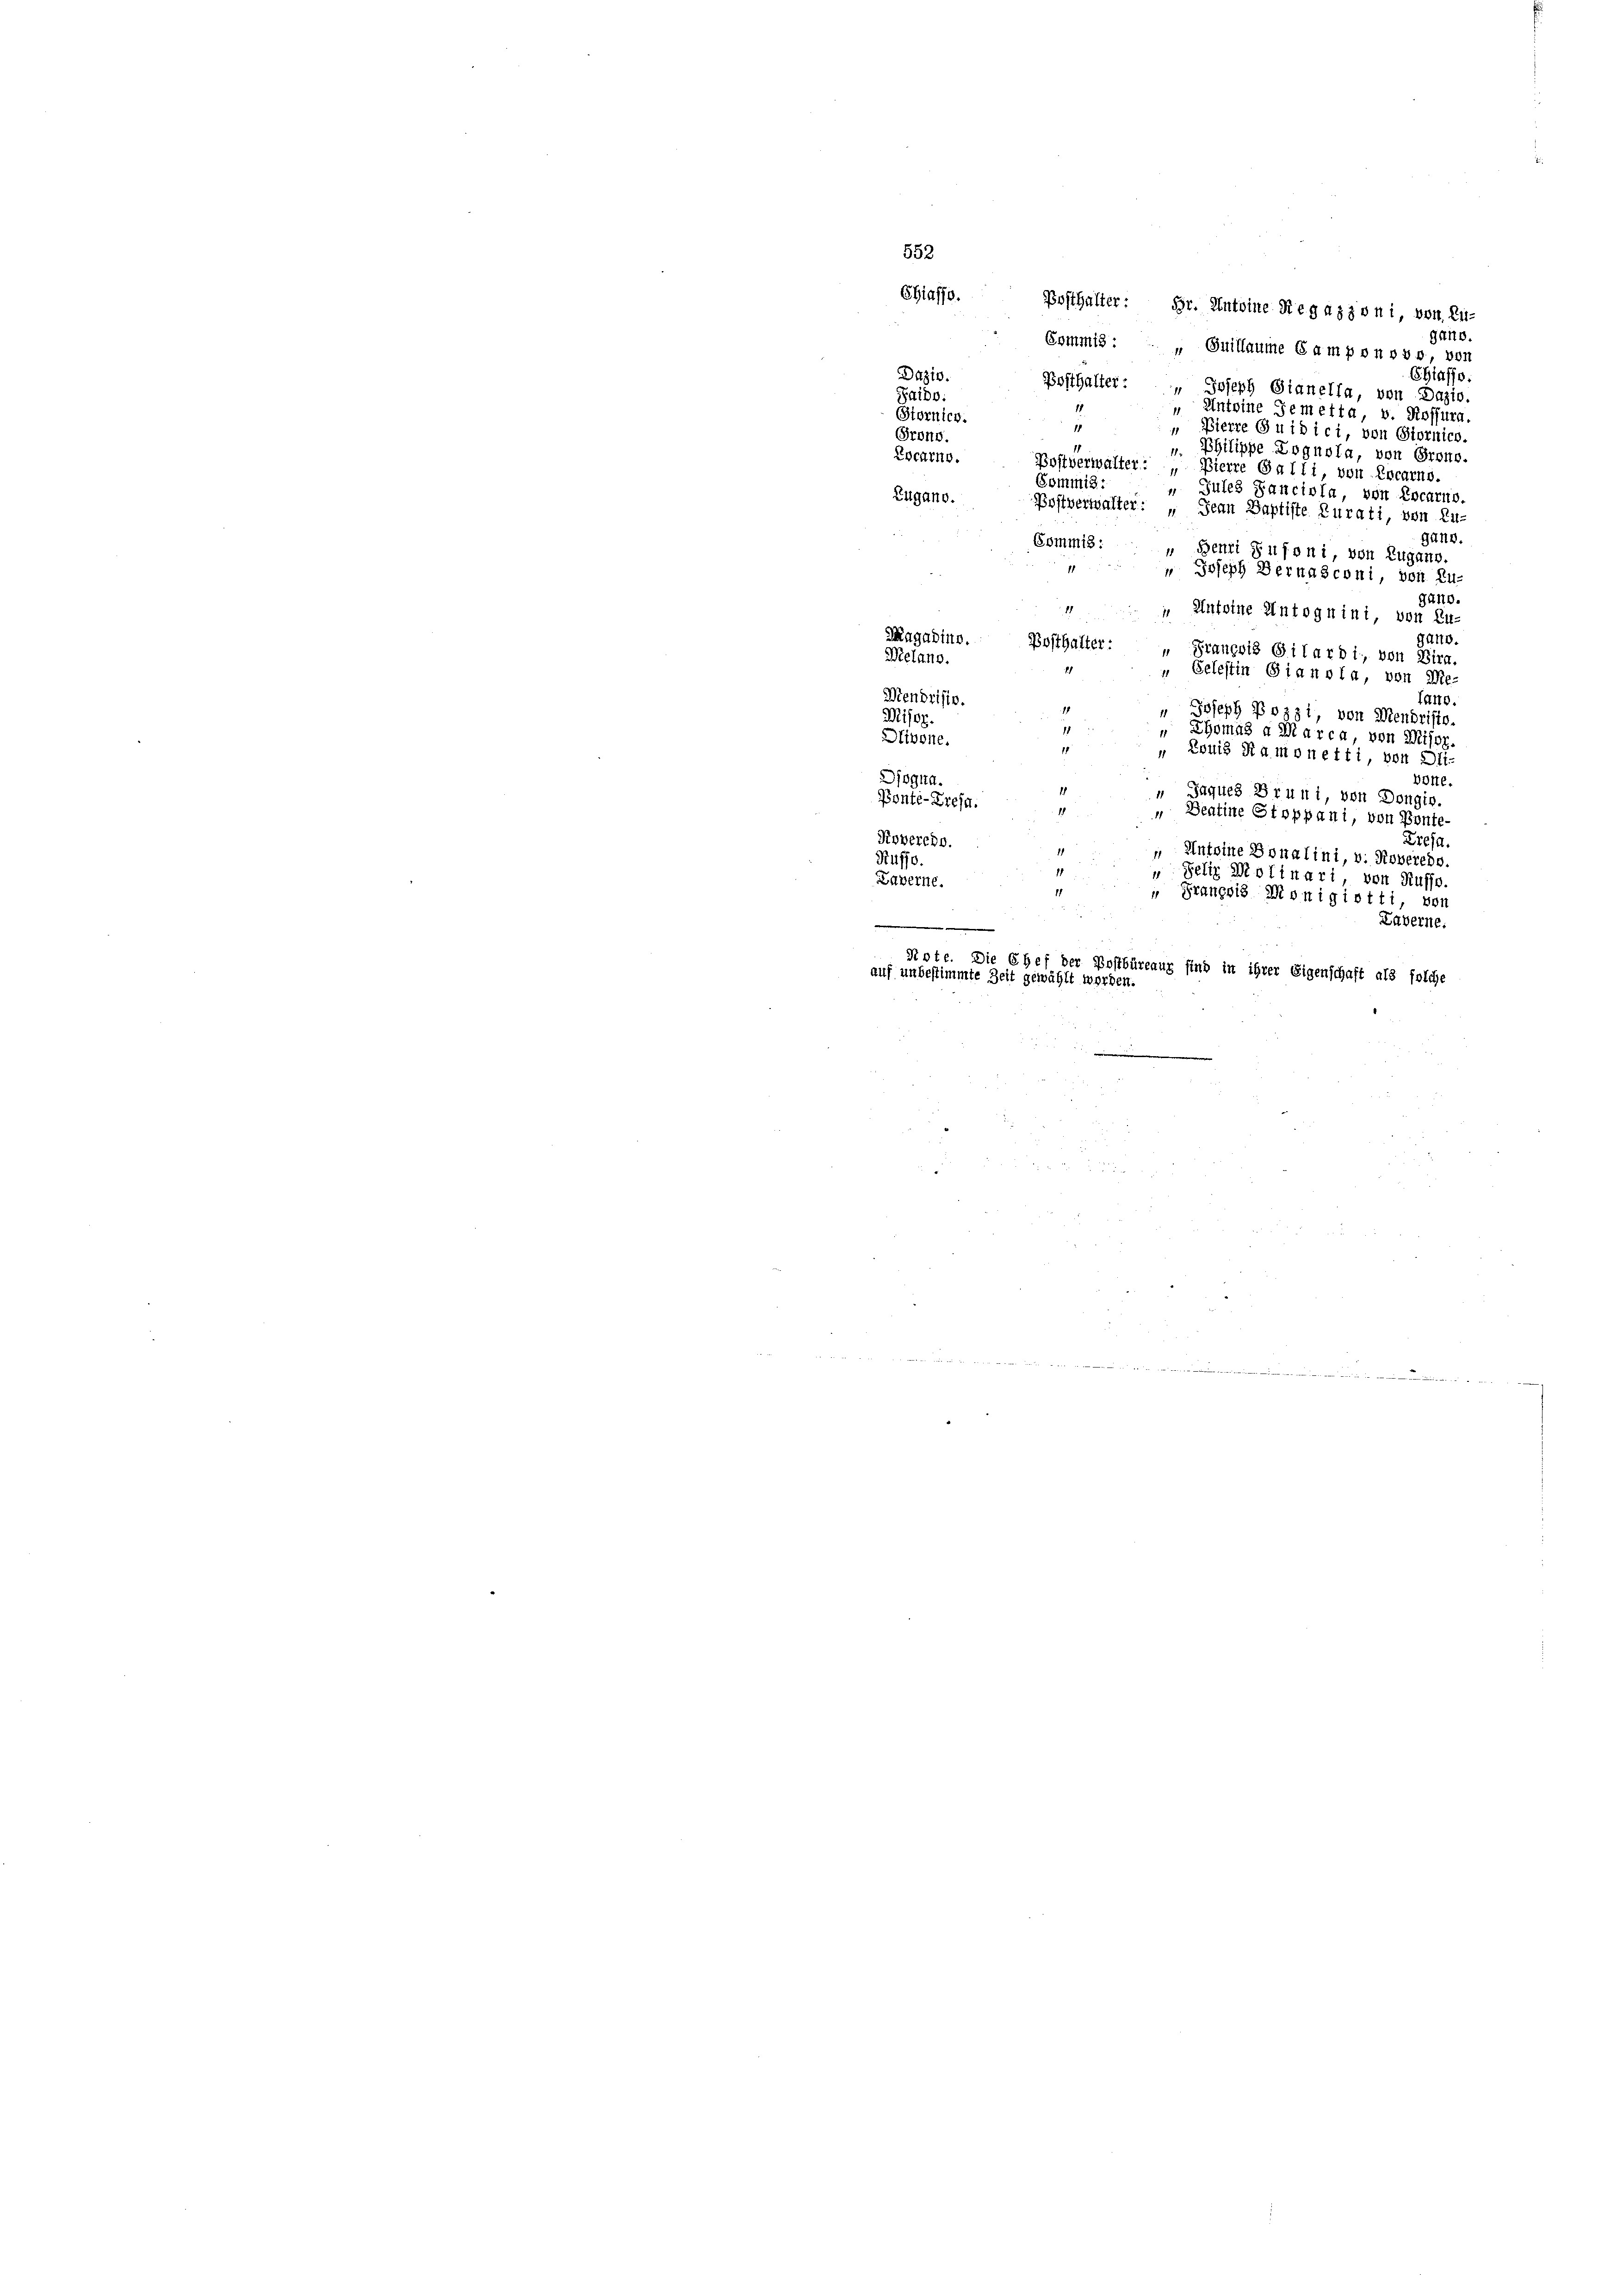
Daziv.
Paibo:
Stornier.
i
Frono
Locarno.
Commis:
Zugano.
Gang.
Commis: „Benri Sufoni, von Zugano.
 Joseph Bernasconi, von Zu-
gano.
 Antoine Antoguini, von Zu-
Zagadino.
gano.
Posthalter:
u François Gilardi, von Bira
Melano.
„ Celestin Gianola, von Re-
¬
.
Stendriste.
fano.
" Joseph Pozzi, von Mendristo.
Misog.
1
11
Thomas a Marca von Misoz.
Olivone.
1
 Louis Ramonetti, von Di-
Diogna.
Bolte.
 Jaques Brunt, von Dongir.
Ponte-Creja.
„ Beatine Stoppani, von Ponte-
Roverehe.
Preja.
 Anteine Sonalini, v. Roverede.
Rüffe.
Felix Molinari, von Russe.
Laverne.
 Gränz(...) Monigiotti, vor
e
Luberne.
Rote. Die Chef der Postbüreaux sind in ihrer Eigenschaft als solche
auf unbestimmte Zeit gewählt werden.

552

Chiasso. Posthalter: Hr. Antoine Regazioni von Zu-
gano.
Commis: „Quillaume Gamponovo, von
Chiasso
Posthalter: " Joseph Gianella, von Dazio.
 Anteine Temetta, v. Rossura.
„ Pierre Guidici, von Stornich.
". Philippe Lognola, von Grons.
Postverwalter: „Bierre Galli, von Locarno.
Jules Zanciola, von Locarno.
Postverwalter: „Jean Baptiste Kurati, von Zu-